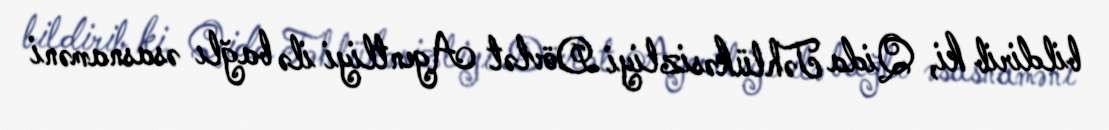
bildirib ki, Qida Təhlükəsizliyi Dövlət Agentliyi ilə bağlı əsasnaməni